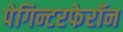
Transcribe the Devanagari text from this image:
पेगिन्टरफेरॉन